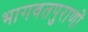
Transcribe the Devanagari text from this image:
भागवतपुराणों